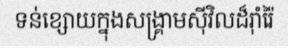
ទន់ខ្សោយក្នុងសង្គ្រាមស៊ីវិលដ៏រ៉ាំរ៉ៃ